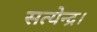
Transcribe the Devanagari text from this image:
सत्येन्द्र।